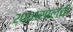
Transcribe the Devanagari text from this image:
२००१सालची